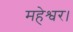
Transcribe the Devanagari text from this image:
महेश्वर।